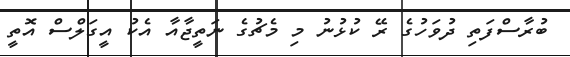
ބުރާސްފަތި ދުވަހުގެ ރޭ ކުޅުނު މި މެޗުގެ ނަތީޖާއާ އެކު އީގަލްސް އޮތީ